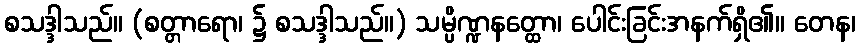
စသဒ္ဒါသည်။ (စတ္တာရော၊ ၌ စသဒ္ဒါသည်။) သမ္ပိဏ္ဍနတ္ထော၊ ပေါင်းခြင်းအနက်ရှိ၏။ တေန၊